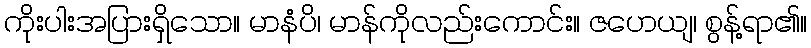
ကိုးပါးအပြားရှိသော။ မာနံပိ၊ မာန်ကိုလည်းကောင်း။ ဇဟေယျ၊ စွန့်ရာ၏။